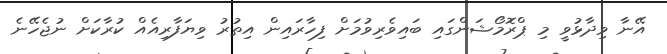
އޭނާ ވިދާޅުވީ މި ޕްރޮމޯޝަންގައި ބައިވެރިވުމަށް ފިހާރައިން އިތުރު ވިޔަފާރިއެއް ކުރާކަށް ނުޖެހޭނެ